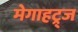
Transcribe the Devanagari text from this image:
मेगाहट्र्ज